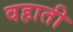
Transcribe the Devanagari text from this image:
वहाती